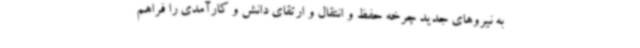
به نیروهای جدید چرخه حفظ و انتقال و ارتقای دانش و کارآمدی را فراهم